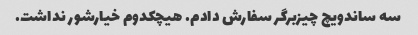
سه ساندویچ چیزبرگر سفارش دادم. هیچکدوم خیارشور نداشت.